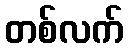
တစ်လက်